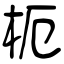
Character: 枙